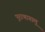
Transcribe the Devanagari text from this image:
पुराणागालू